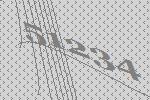
51234